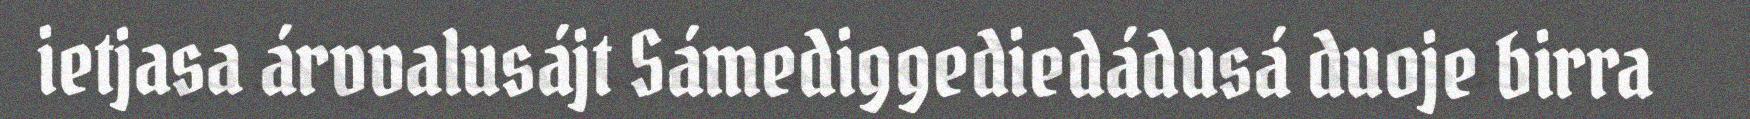
ietjasa árvvalusájt Sámediggediedádusá duoje birra